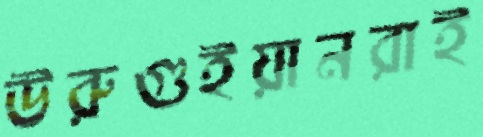
উরুগুইয়ানরাই